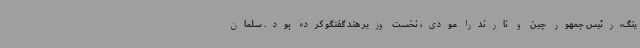
ینگ،رئیس جمهور چین و نارندرا مودی، نخست وزیر هند گفتگو کرده بود. سلمان